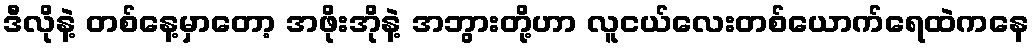
ဒီလိုနဲ့ တစ်နေ့မှာတော့ အဖိုးအိုနဲ့ အဘွားတို့ဟာ လူငယ်လေးတစ်ယောက်ရေထဲကနေ